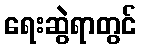
ရေးဆွဲရာတွင်